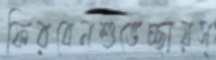
ফিরবেনশুভেচ্ছায়স্